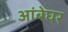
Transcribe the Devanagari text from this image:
आंबेघर